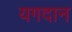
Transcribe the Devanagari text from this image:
यगदान